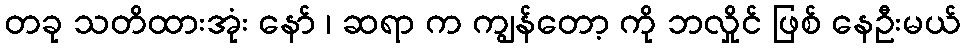
တခု သတိထားအုံး နော် ၊ ဆရာ က ကျွန်တော့ ကို ဘလှိုင် ဖြစ် နေဦးမယ်